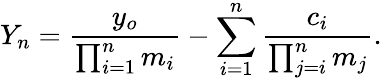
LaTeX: Y_{n}=\frac{y_{o}}{\prod_{i=1}^{n}m_{i}}-\sum_{i=1}^{n}\frac{c_{i}}{\prod_{j=i}^{n}m_{j}}.